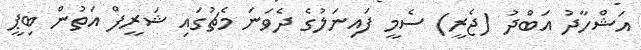
އަޝްހާދު އަބްދު (ޖެރީ) ސެމީ ފައިނަލުގެ ދެވަނަ މެޗުގައި ޝަރީފް އަތުން ބިޕީ